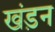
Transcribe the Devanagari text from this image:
खंड़न